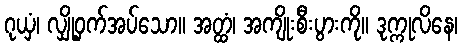
ဂုယှံ၊ လျှို့ဝှက်အပ်သော။ အတ္ထံ၊ အကျိုးစီးပွားကို။ ဒုက္ကုလိနေ၊